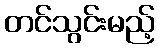
တင်သွင်းမည့်